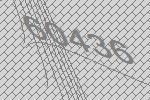
60436